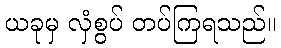
ယခုမှ လှံစွပ် တပ်ကြရသည်။